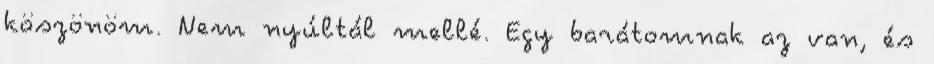
köszönöm. Nem nyúltál mellé. Egy barátomnak az van, és